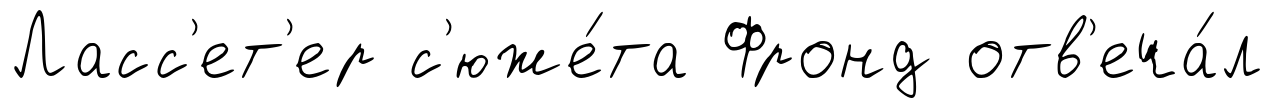
Ласс'ет'ер с'юже́та Фронд отв'еча́л